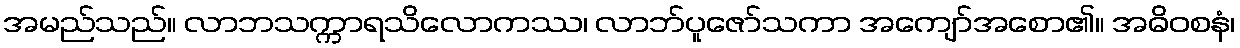
အမည်သည်။ လာဘသက္ကာရသိလောကဿ၊ လာဘ်ပူဇော်သကာ အကျော်အစော၏။ အဓိဝစနံ၊